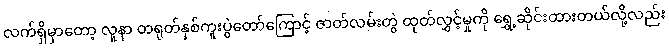
လက်ရှိမှာတော့ လူနာ တရုတ်နှစ်ကူးပွဲတော်ကြောင့် ဇာတ်လမ်းတွဲ ထုတ်လွှင့်မှုကို ရွှေ့ဆိုင်းထားတယ်လို့လည်း